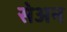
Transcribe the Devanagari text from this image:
सेअन